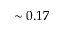
\sim 0 . 1 7